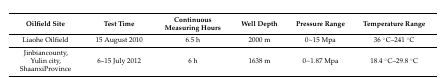
<table><thead><tr><td><b>Oilfield Site</b></td><td><b>Test Time</b></td><td><b>Continuous Measuring Hours</b></td><td><b>Well Depth</b></td><td><b>Pressure Range</b></td><td><b>Temperature Range</b></td></tr></thead><tbody><tr><td>Liaohe Oilfield</td><td>15 August 2010</td><td>6.5 h</td><td>2000 m</td><td>0~15 Mpa</td><td>36 °C–241 °C</td></tr><tr><td>Jinbiancounty, Yulin city, ShaanxiProvince</td><td>6–15 July 2012</td><td>6 h</td><td>1638 m</td><td>0~1.87 Mpa</td><td>18.4 °C–29.8 °C</td></tr></tbody></table>